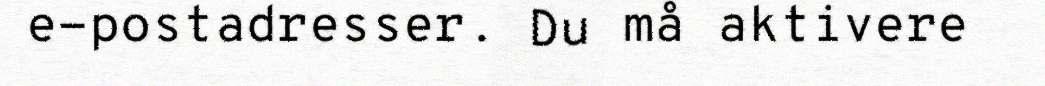
e-postadresser. Du må aktivere